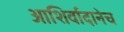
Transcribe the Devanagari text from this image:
आशिर्वादानेच